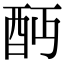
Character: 𨟺